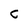
Character: C